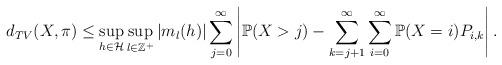
LaTeX: \begin{align*}d_{TV}(X,\pi)\leq\sup_{h\in\mathcal{H}}\sup_{l\in\mathbb{Z}^+}|m_l(h)|\sum_{j=0}^\infty\left|\mathbb{P}(X>j)-\sum_{k=j+1}^\infty\sum_{i=0}^\infty\mathbb{P}(X=i)P_{i,k}\right|.\end{align*}